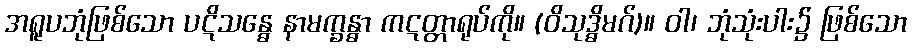
အရူပဘုံဖြစ်သော ပဋိသန္ဓေ နာမက္ခန္ဓာ ကဋတ္တာရုပ်ကို။ (ဝိသုဒ္ဓိမဂ်)။ ဝါ၊ ဘုံသုံးပါး၌ ဖြစ်သော